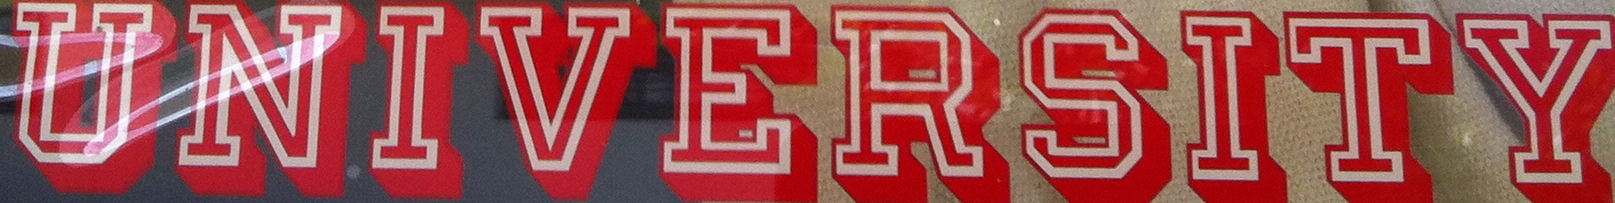
UNIVERSITY